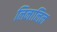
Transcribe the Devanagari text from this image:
लिनालिल